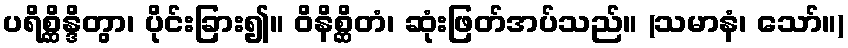
ပရိစ္ဆိန္ဒိတွာ၊ ပိုင်းခြား၍။ ဝိနိစ္ဆိတံ၊ ဆုံးဖြတ်အပ်သည်။ (သမာနံ၊ သော်။)